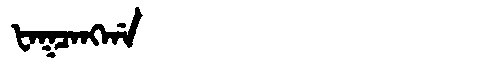
Manchu: ᡶᠠᡴᠴᠠᠩᡤᠠ
Romanization: FAKCANGGA